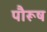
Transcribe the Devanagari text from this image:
पौरूष